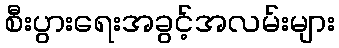
စီးပွားရေးအခွင့်အလမ်းများ